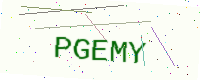
Text: PGEMY